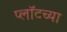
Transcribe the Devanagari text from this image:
प्लॉटच्या